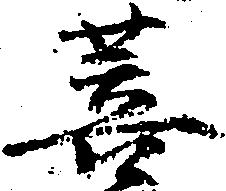
菩